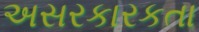
અસરકારકતા